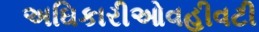
અઘિકારીઓવહીવટી